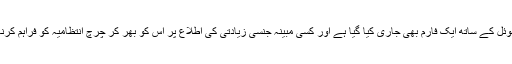
اس مینوئل کے ساتھ ایک فارم بھی جاری کیا گیا ہے اور کسی مبینہ جنسی زیادتی کی اطلاع پر اس کو بھر کر چرچ انتظامیہ کو فراہم کرنا ہو گا۔